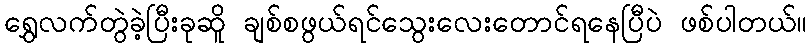
ရွှေလက်တွဲခဲ့ပြီးခုဆိူ ချစ်စဖွယ်ရင်သွေးလေးတောင်ရနေပြီပဲ ဖစ်ပါတယ်။